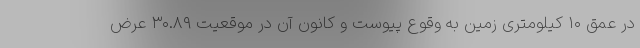
در عمق ۱۰ کیلومتری زمین به وقوع پیوست و کانون آن در موقعیت ۳۰.۸۹ عرض